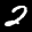
Label: 2